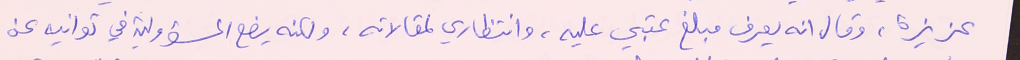
عزيزة، وقال انه يعرف مبلغ عتبي عليه، وانتظاري لمقالاته، ولكنه يضع المسؤولية في توانيه عن